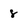
Character: 8